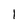
Character: 1